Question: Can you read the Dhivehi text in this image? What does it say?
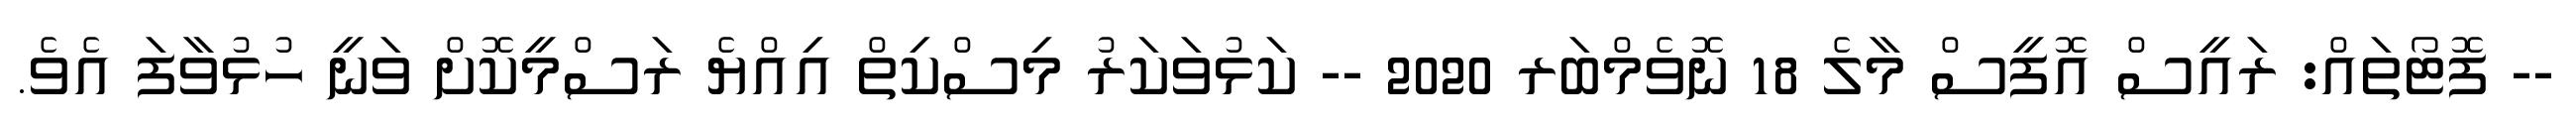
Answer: -- ފޮޓޯތައް: ރައީސް އޮފީސް މާލެ 18 ނޮވެމްބަރ 2020 -- ކަޅުވަކަރު މިސްކިތް އިއްޔެ ރަސްމީކޮށް ވަނީ ހުޅުވާފަ އެވެ.